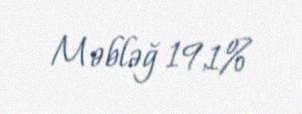
Məbləğ 19,1%